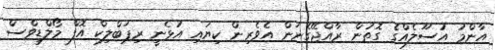
އާންމު އުސޫލެއްގެ ގޮތުން ރާއްޖޭގެނަން އެވެރިން ކިޔައި އުޅެނީ ރިޕަބްލިކް އޮފް މޯލްޑިވްސް